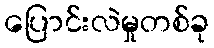
ပြောင်းလဲမှုတစ်ခု